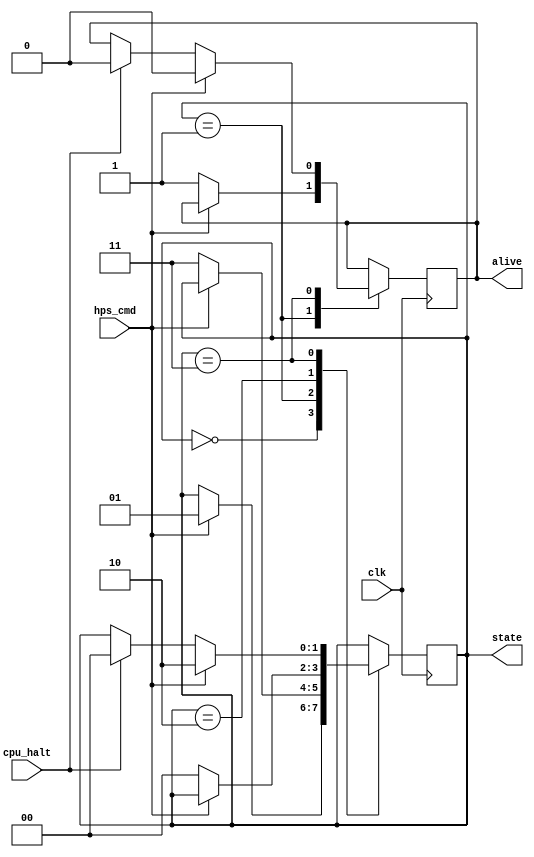
`define ST_STOPPED  2'b00
`define ST_STARTING 2'b01
`define ST_STOPPING 2'b10
`define ST_STARTED  2'b11

module ctrlu(
	clk,
	hps_cmd,
	cpu_halt,
	state,
	alive
);

	input  wire       clk;
	input  wire       hps_cmd;
	input  wire 		cpu_halt;
	output reg  [1:0] state;
	output reg        alive;

	always @(posedge(clk)) begin 
		case(state)
			`ST_STOPPED: begin
				if(hps_cmd == 1'b1) begin
					state   <= `ST_STARTING;
				end
			end
			
			`ST_STARTING: begin
				if(hps_cmd == 1'b0) begin
					state    <= `ST_STARTED;
					alive		<= 1'b1;
				end
			end
			
			`ST_STOPPING: begin
				if(hps_cmd == 1'b0) begin
					state   <= `ST_STOPPED;
				end
			end
			
			`ST_STARTED: begin
				if(hps_cmd == 1'b1) begin
					state   <= `ST_STOPPING;
					alive   <= 1'b0;
				end else if(cpu_halt == 1'b1) begin
					state   <= `ST_STOPPED;
					alive   <= 1'b0;
				end
			end
		endcase
	end 

endmodule